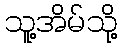
သူ့အိမ်သို့